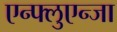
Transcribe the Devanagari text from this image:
एन्फ्लुएन्जा